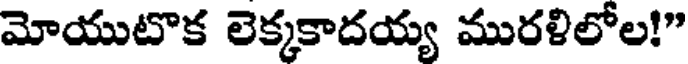
మోయుటొక లెక్కకాదయ్య మురళిలోల!"